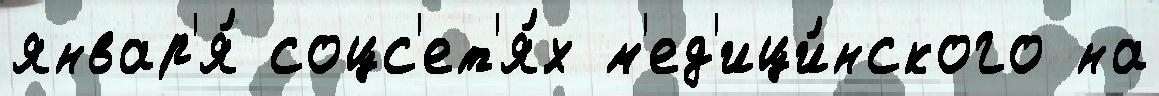
январ'я́ соцс'ет'я́х м'ед'ици́нского на